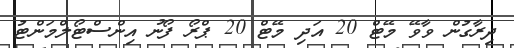
ދިރާގުން ވާވޭ މޭޓް 20 އަދި މޭޓް 20 ޕްރޯ ފޯނު އިންސްޓޯލްމަންޓު